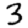
Digit: 3